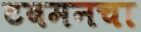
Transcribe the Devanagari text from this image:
टबमनचा